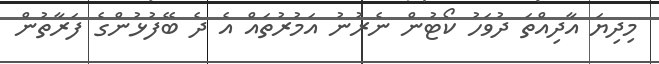
މިދިޔަ އާދިއްތަ ދުވަހު ކޯޓުން ނެރުނު އަމުރުތައް އެ ދެ ބޭފުޅުންގެ ފަރާތުން